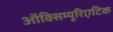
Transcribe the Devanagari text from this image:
ऑक्सिम्यूरिएटिक